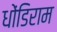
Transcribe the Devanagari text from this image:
धोंडिराम